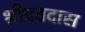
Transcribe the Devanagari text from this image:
श्रीदत्तदास